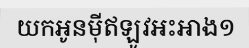
យកអូនម៉ីឥឡូវអះអាង១